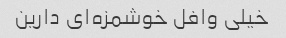
خیلی وافل خوشمزه‌ای دارین